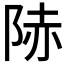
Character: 𨹮